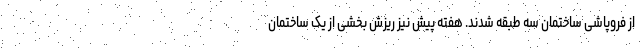
از فروپاشی ساختمان سه طبقه شدند. هفته پیش نیز ریزش بخشی از یک ساختمان